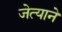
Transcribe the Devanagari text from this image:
जेत्याने